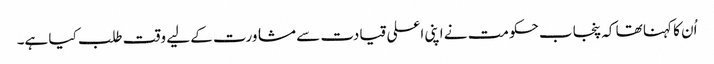
اُن کا کہنا تھا کہ پنجاب حکومت نے اپنی اعلی قیادت سے مشاورت کے لیے وقت طلب کیا ہے۔